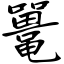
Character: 鼍